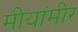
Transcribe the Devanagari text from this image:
मीयांमीर